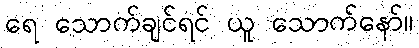
ရေ သောက်ချင်ရင် ယူ သောက်နော်။